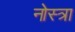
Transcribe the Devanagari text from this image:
नोस्त्रा